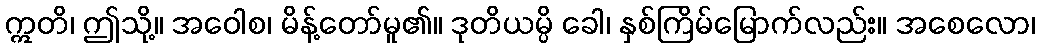
ဣတိ၊ ဤသို့။ အဝေါစ၊ မိန့်တော်မူ၏။ ဒုတိယမ္ပိ ခေါ၊ နှစ်ကြိမ်မြောက်လည်း။ အစေလော၊